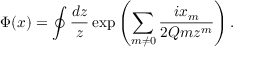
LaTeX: \Phi ( x ) = \oint { \frac { d z } { z } } \exp \left( \sum _ { m \neq 0 } { \frac { i x _ { m } } { 2 Q m z ^ { m } } } \right) .